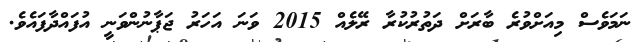
ނަމަވެސް މިއަށްވުރެ ބާރަށް ދަތުރުކުރާ ރޭލެއް 2015 ވަނަ އަހަރު ޖަޕާނުންވަނީ އުފައްދާފައެވެ.